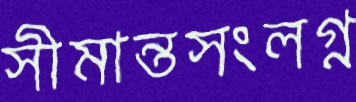
সীমান্তসংলগ্ন